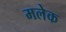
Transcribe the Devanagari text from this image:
मलेक